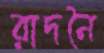
রাদনৈ